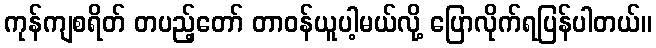
ကုန်ကျစရိတ် တပည့်တော် တာဝန်ယူပါ့မယ်လို့ ပြောလိုက်ရပြန်ပါတယ်။